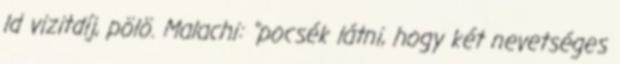
ld vizitdíj, pölö. Malachi: "pocsék látni, hogy két nevetséges